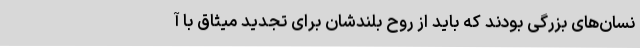
نسان‌های بزرگی بودند که باید از روح بلندشان برای تجدید میثاق با آ